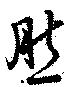
然